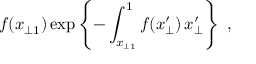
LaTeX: f ( x _ { \perp 1 } ) \exp \left\{ - \int _ { x _ { \perp 1 } } ^ { 1 } f ( x _ { \perp } ^ { \prime } ) \, \d x _ { \perp } ^ { \prime } \right\} ~ ,